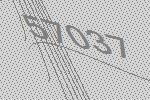
57037